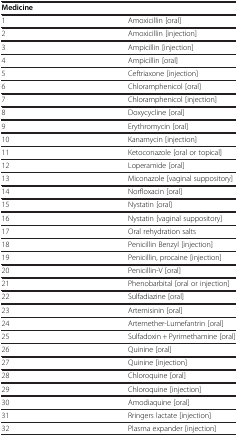
| <COLSPAN=2> Medicine |
 | --- | --- |
 | 1 | Amoxicillin [oral] |
 | 2 | Amoxicillin [injection] |
 | 3 | Ampicillin [injection] |
 | 4 | Ampicillin [oral] |
 | 5 | Ceftriaxone [injection] |
 | 6 | Chloramphenicol [oral] |
 | 7 | Chloramphenicol [injection] |
 | 8 | Doxycycline [oral] |
 | 9 | Erythromycin [oral] |
 | 10 | Kanamycin [injection] |
 | 11 | Ketoconazole [oral or topical] |
 | 12 | Loperamide [oral] |
 | 13 | Miconazole [vaginal suppository] |
 | 14 | Norfloxacin [oral] |
 | 15 | Nystatin [oral] |
 | 16 | Nystatin [vaginal suppository] |
 | 17 | Oral rehydration salts |
 | 18 | Penicillin Benzyl [injection] |
 | 19 | Penicillin, procaine [injection] |
 | 20 | Penicillin-V [oral] |
 | 21 | Phenobarbital [oral or injection] |
 | 22 | Sulfadiazine [oral] |
 | 23 | Artemisinin [oral] |
 | 24 | Artemether-Lumefantrin [oral] |
 | 25 | Sulfadoxin + Pyrimethamine [oral] |
 | 26 | Quinine [oral] |
 | 27 | Quinine [injection] |
 | 28 | Chloroquine [oral] |
 | 29 | Chloroquine [injection] |
 | 30 | Amodiaquine [oral] |
 | 31 | Rringers lactate [injection] |
 | 32 | Plasma expander [injection] |